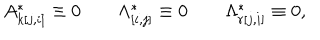
LaTeX: A _ { k [ j , i ] } ^ { * } \equiv 0 \qquad \Lambda _ { [ i , j ] } ^ { * } \equiv 0 \qquad \Lambda _ { r [ j , i ] } ^ { * } \equiv 0 ,